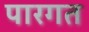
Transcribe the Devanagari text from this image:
पारगत